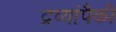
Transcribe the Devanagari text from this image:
द्रव्यांपैकी